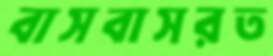
বাসবাসরত